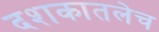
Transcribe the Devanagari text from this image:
दशकातलेच